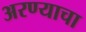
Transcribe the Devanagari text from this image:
अरण्याचा